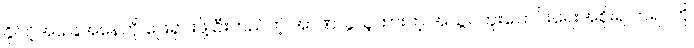
နိုင်ငံ့အခြေအနေကို ဖြေရှင်းဖို့ ဦးတည်တဲ့ အာဏာခွဲယူထားတဲ့ အသွင်ကူးပြောင်းရေးအစိုးရ တရပ်ကို